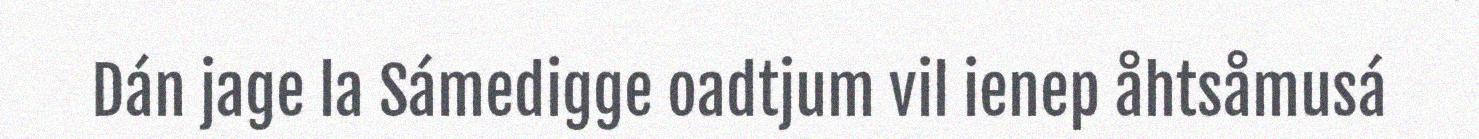
Dán jage la Sámedigge oadtjum vil ienep åhtsåmusá